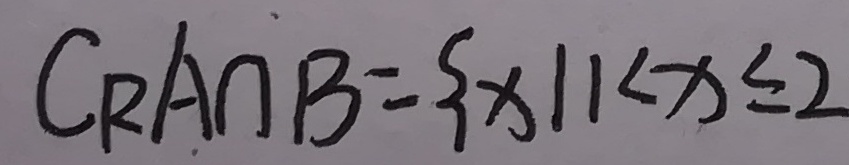
C _ { R } A \cap B = \{ x \vert 1 < x \leq 2